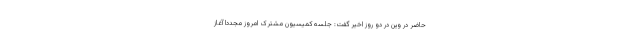
حاضر در وین در دو روز اخیر گفت: جلسه کمیسیون مشترک امروز مجدداً آغاز